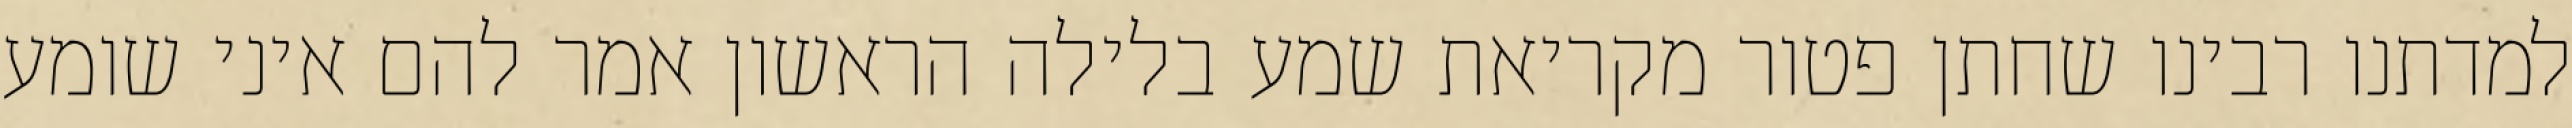
למדתנו רבינו שחתן פטור מקריאת שמע בלילה הראשון אמר להם איני שומע